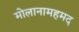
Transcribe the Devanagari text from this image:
मोलानामहमद